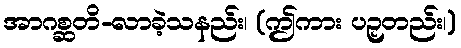
အာဂစ္ဆတိ-လာခဲ့သနည်း၊ (ဤကား ပဉှတည်း၊)